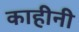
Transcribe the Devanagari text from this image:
काहीनी